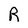
Character: R